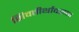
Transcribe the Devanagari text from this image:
शिवतीर्थावरून